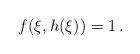
LaTeX: \begin{align*}f (\xi,h(\xi))=1\,.\end{align*}